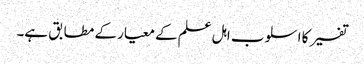
تفسیر کا اسلوب اہل علم کے معیار کے مطابق ہے۔